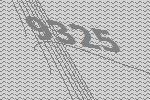
9325